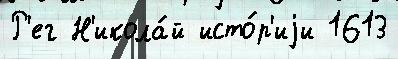
Р'ег Н'икола́й исто́р'иjи 1613